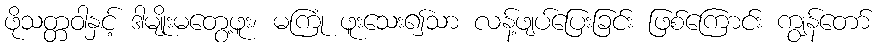
ဖိုသတ္တဝါနှင့် ဒါမျိုးမတွေ့ဖူး၊ မကြုံ ဖူးသေး၍သာ လန့်ဖျပ်ပြေးခြင်း ဖြစ်ကြောင်း ကျွန်တော်